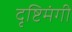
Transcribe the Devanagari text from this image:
दृष्टिमंगी